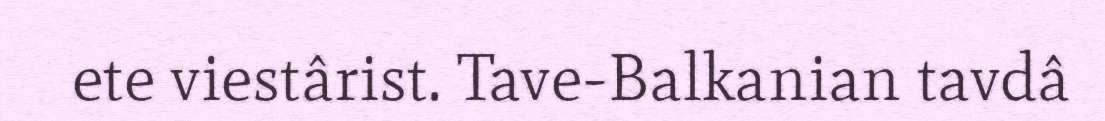
ete viestârist. Tave-Balkanian tavdâ